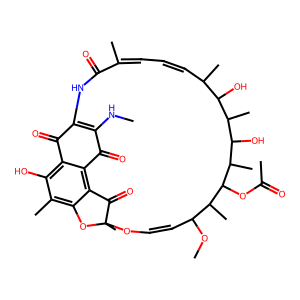
SMILES: CNC1=C2NC(=O)C(C)=CC=CC(C)C(O)C(C)C(O)C(C)C(OC(C)=O)C(C)C(OC)C=COC3(C)Oc4c(C)c(O)c(c(c4C3=O)C1=O)C2=O
Inhibits HIV replication: No